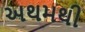
અથમથી